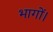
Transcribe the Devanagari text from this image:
भागों।